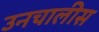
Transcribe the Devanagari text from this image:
उनचालीस